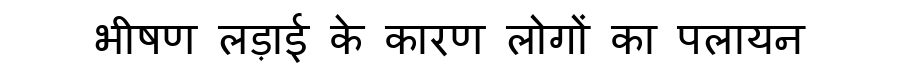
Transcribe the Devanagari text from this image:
भीषण लड़ाई के कारण लोगों का पलायन